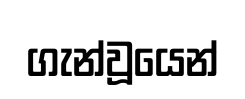
ගැන්වූයෙන්